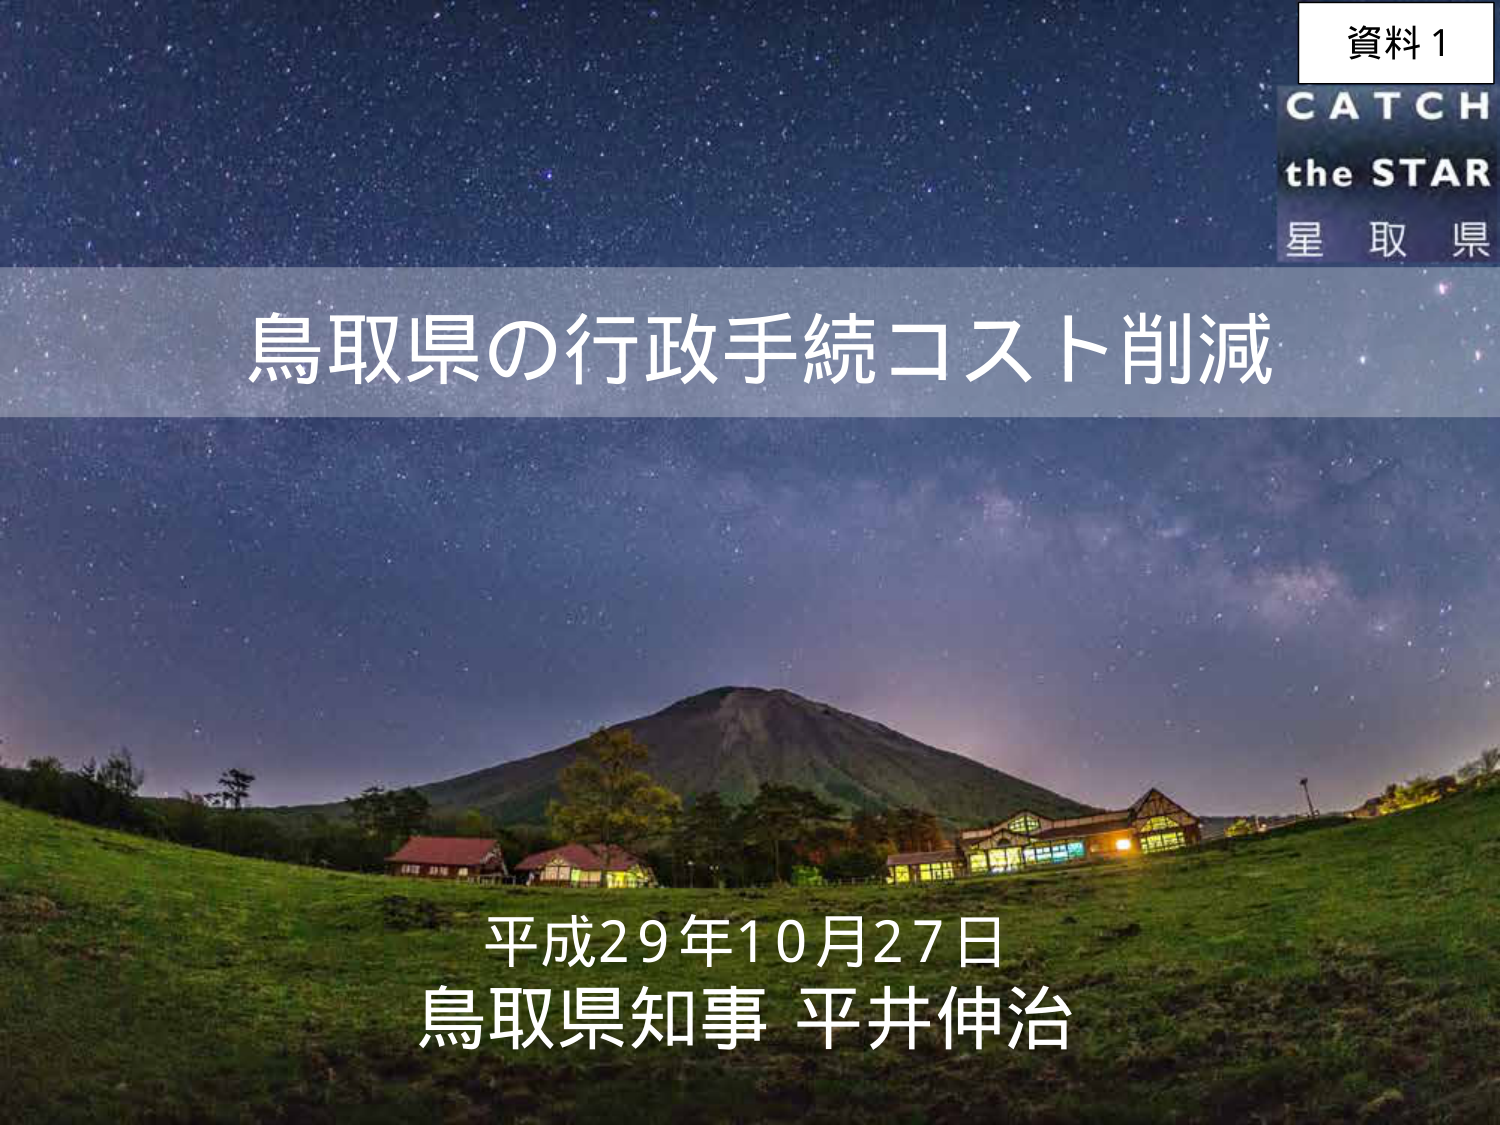
資料1
CATCH
the STAR
星取県
鳥取県の行政手続コスト削減
平成29年10月27日
鳥取県知事 平井伸治